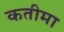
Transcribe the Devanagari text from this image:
कतीमा